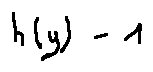
h ( y ) = 1